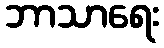
ဘာသာရေး